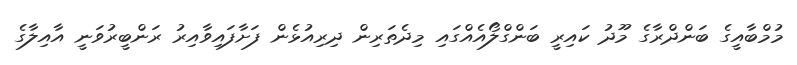
މުމްބާއީގެ ބަންދްރާގެ މޫދު ކައިރީ ބަންގްލޯއެއްގައި މިދެތަރިން ދިރިއުޅެން ފަށާފައިވާއިރު ރަންބީރުވަނީ އާއިލާގެ